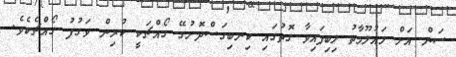
ސަން އަށް މައުލޫމާތު ލިބިފައިވާ ގޮތުގައި ކިނބިގަސްދޮށުގޭ ގޯއްޗަކީ ކުރިން ވަގުފު ގޯއްޗެކެވެ.